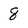
Character: 8